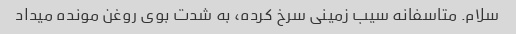
سلام. متاسفانه سیب زمینی سرخ کرده، به شدت بوی روغن مونده میداد